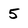
Character: 5